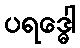
ပရဒ္ဓေါ